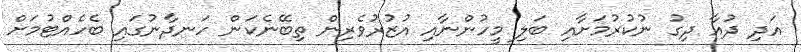
އަދި ދުއާ ދިގު ނުކުރުމަށާއި ބަލި މީހުންނާއި އުޒުރުވެރިން ތިބޭނެކަން ހަނދާނުގައި ބެހެއްޓުމަށް